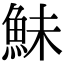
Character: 鮇